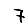
Digit: 7